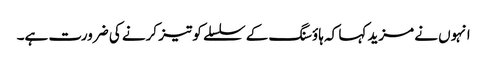
انہوں نے مزید کہا کہ ہاؤسنگ کے سلسلے کو تیز کرنے کی ضرورت ہے۔